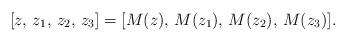
LaTeX: \begin{align*} [z,\,z_1,\,z_2,\,z_3]=[M(z),\,M(z_1),\,M(z_2),\,M(z_3)].\end{align*}